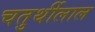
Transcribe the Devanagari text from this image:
चतुर्थीलाल